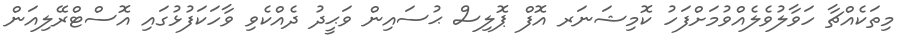
މިތަކެއްޗާ ހަވާލުވެލެއްވުމަށްފަހު ކޮމިޝަނަރ އޮފް ޕޮލިސް ޙުސައިން ވަޙީދު ދެއްކެވި ވާހަކަފުޅުގައި އޮސްޓްރޭލިއަން